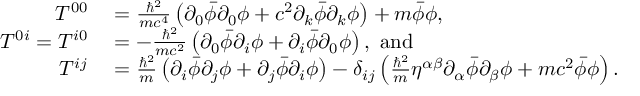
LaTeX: \begin{array} { r l } { T ^ { 0 0 } } & { { } = { \frac { \hbar ^ { 2 } } { m c ^ { 4 } } } \left( \partial _ { 0 } { \bar { \phi } } \partial _ { 0 } \phi + c ^ { 2 } \partial _ { k } { \bar { \phi } } \partial _ { k } \phi \right) + m { \bar { \phi } } \phi , } \\ { T ^ { 0 i } = T ^ { i 0 } } & { { } = - { \frac { \hbar ^ { 2 } } { m c ^ { 2 } } } \left( \partial _ { 0 } { \bar { \phi } } \partial _ { i } \phi + \partial _ { i } { \bar { \phi } } \partial _ { 0 } \phi \right) , \ \mathrm { a n d } } \\ { T ^ { i j } } & { { } = { \frac { \hbar ^ { 2 } } { m } } \left( \partial _ { i } { \bar { \phi } } \partial _ { j } \phi + \partial _ { j } { \bar { \phi } } \partial _ { i } \phi \right) - \delta _ { i j } \left( { \frac { \hbar ^ { 2 } } { m } } \eta ^ { \alpha \beta } \partial _ { \alpha } { \bar { \phi } } \partial _ { \beta } \phi + m c ^ { 2 } { \bar { \phi } } \phi \right) . } \end{array}